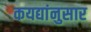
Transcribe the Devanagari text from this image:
कयद्यांनुसार